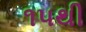
૧૫થી